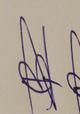
Signature authenticity: forged